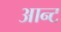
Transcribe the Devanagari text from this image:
आन्ट